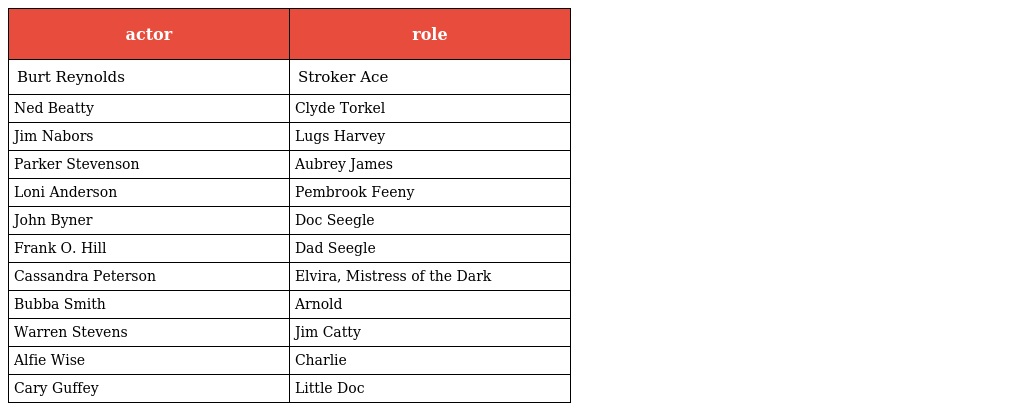
| actor | role |
 | --- | --- |
 | Burt Reynolds | Stroker Ace |
 | Ned Beatty | Clyde Torkel |
 | Jim Nabors | Lugs Harvey |
 | Parker Stevenson | Aubrey James |
 | Loni Anderson | Pembrook Feeny |
 | John Byner | Doc Seegle |
 | Frank O. Hill | Dad Seegle |
 | Cassandra Peterson | Elvira, Mistress of the Dark |
 | Bubba Smith | Arnold |
 | Warren Stevens | Jim Catty |
 | Alfie Wise | Charlie |
 | Cary Guffey | Little Doc |